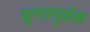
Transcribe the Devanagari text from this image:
घृणापूर्वक